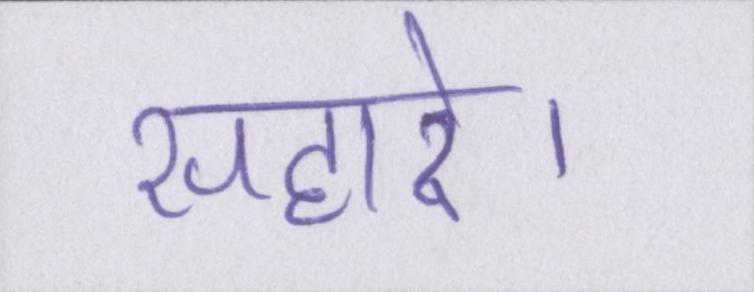
सहारे।